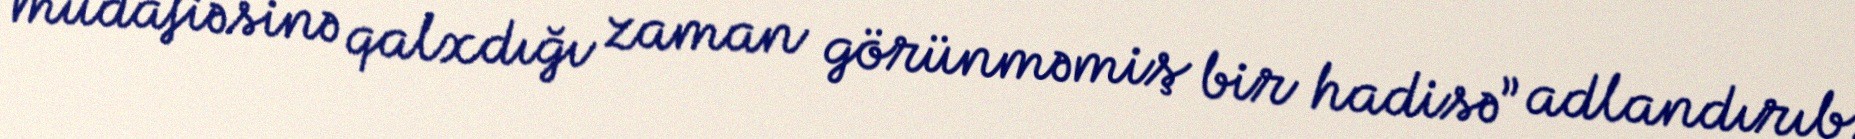
müdafiəsinə qalxdığı zaman görünməmiş bir hadisə” adlandırıb.